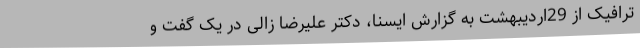
ترافیک از 29اردیبهشت به گزارش ایسنا، دکتر علیرضا زالی در یک گفت و